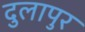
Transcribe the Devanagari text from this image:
दुलापुर